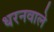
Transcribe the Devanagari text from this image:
धरनवाले